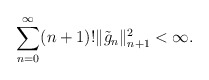
\begin{align*}\sum_{n=0}^\infty (n+1)! \|\tilde{g}_n\|_{n+1}^2<\infty.\end{align*}